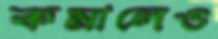
কমালেও